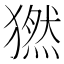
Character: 𤡮